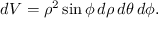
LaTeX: d V = \rho ^ { 2 } \sin \phi \, d \rho \, d \theta \, d \phi .